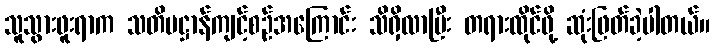
သူသွားဖူးရာက သတိပဋ္ဌာန်ကျင့်စဉ်အကြောင်း သိရှိလာပြီး တရားထိုင်ဖို့ ဆုံးဖြတ်ခဲ့ပါတယ်။